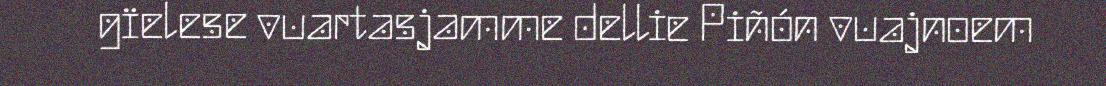
gïelese vuartasjamme dellie Piñón vuajnoem